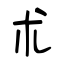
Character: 朮